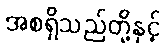
အစရှိသည်တို့နှင့်